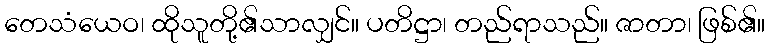
တေသံယေဝ၊ ထိုသူတို့၏သာလျှင်။ ပတိဋ္ဌာ၊ တည်ရာသည်။ ဇာတာ၊ ဖြစ်၏။